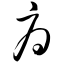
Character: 府